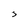
Character: 3